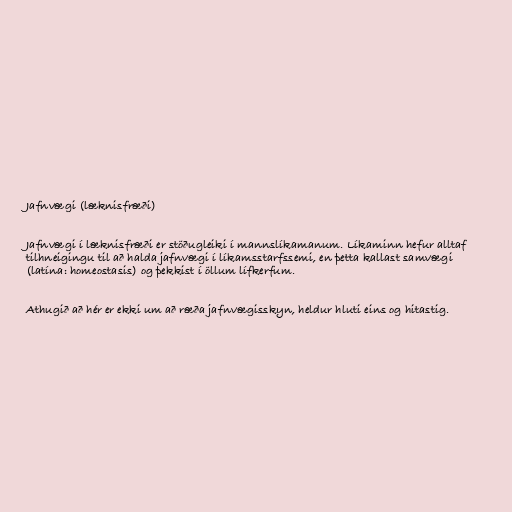
Jafnvægi (læknisfræði)

Jafnvægi í læknisfræði er stöðugleiki í mannslíkamanum. Líkaminn hefur alltaf
tilhneigingu til að halda jafnvægi í líkamsstarfssemi, en þetta kallast samvægi
(latína: homeostasis) og þekkist í öllum lífkerfum.

Athugið að hér er ekki um að ræða jafnvægisskyn, heldur hluti eins og hitastig.